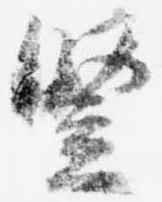
豎